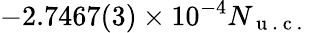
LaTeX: -2.7467(3)\times 10^{-4}N_{\mathrm{~u~.~c~.~}}